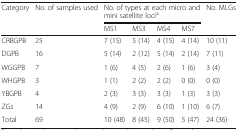
| Category | No. of samples used | <COLSPAN=4> No. of types at each micro and mini satellite locia | No. MLGs |
 |  |  | MS1 | MS3 | MS4 | MS7 |  |
 | --- | --- | --- | --- | --- | --- | --- |
 | CRBGPB | 25 | 7 (15) | 5 (14) | 4 (15) | 4 (14) | 10 (11) |
 | DGPB | 16 | 5 (14) | 2 (12) | 5 (14) | 2 (14) | 7 (11) |
 | WGGPB | 7 | 1 (6) | 4 (5) | 2 (6) | 1 (6) | 3 (4) |
 | WHGPB | 3 | 1 (1) | 2 (2) | 2 (2) | 0 (0) | 0 (0) |
 | YBGPB | 4 | 2 (3) | 3 (3) | 3 (3) | 1 (3) | 3 (3) |
 | ZGs | 14 | 4 (9) | 2 (9) | 6 (10) | 1 (10) | 6 (7) |
 | Total | 69 | 10 (48) | 8 (45) | 9 (50) | 5 (47) | 24 (36) |